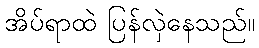
အိပ်ရာထဲ ပြန်လှဲနေသည်။